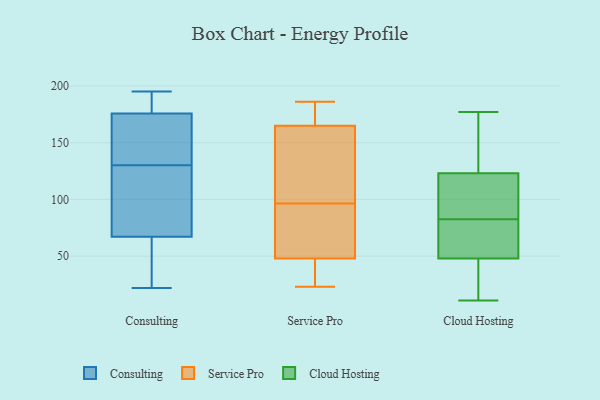
{"axis": {"x": "Market Share (%)", "y": "Value"}, "legend": ["Cloud Hosting", "Consulting", "Service Pro"], "data": [{"x": "", "y": 174, "type": "Consulting"}, {"x": "", "y": 43, "type": "Consulting"}, {"x": "", "y": 130, "type": "Consulting"}, {"x": "", "y": 181, "type": "Consulting"}, {"x": "", "y": 104, "type": "Consulting"}, {"x": "", "y": 96, "type": "Consulting"}, {"x": "", "y": 194, "type": "Consulting"}, {"x": "", "y": 22, "type": "Consulting"}, {"x": "", "y": 195, "type": "Consulting"}, {"x": "", "y": 174, "type": "Consulting"}, {"x": "", "y": 26, "type": "Consulting"}, {"x": "", "y": 156, "type": "Consulting"}, {"x": "", "y": 75, "type": "Consulting"}, {"x": "", "y": 85, "type": "Service Pro"}, {"x": "", "y": 118, "type": "Service Pro"}, {"x": "", "y": 153, "type": "Service Pro"}, {"x": "", "y": 71, "type": "Service Pro"}, {"x": "", "y": 185, "type": "Service Pro"}, {"x": "", "y": 172, "type": "Service Pro"}, {"x": "", "y": 186, "type": "Service Pro"}, {"x": "", "y": 108, "type": "Service Pro"}, {"x": "", "y": 23, "type": "Service Pro"}, {"x": "", "y": 40, "type": "Service Pro"}, {"x": "", "y": 36, "type": "Service Pro"}, {"x": "", "y": 45, "type": "Service Pro"}, {"x": "", "y": 72, "type": "Service Pro"}, {"x": "", "y": 164, "type": "Service Pro"}, {"x": "", "y": 166, "type": "Service Pro"}, {"x": "", "y": 51, "type": "Service Pro"}, {"x": "", "y": 48, "type": "Cloud Hosting"}, {"x": "", "y": 123, "type": "Cloud Hosting"}, {"x": "", "y": 79, "type": "Cloud Hosting"}, {"x": "", "y": 44, "type": "Cloud Hosting"}, {"x": "", "y": 79, "type": "Cloud Hosting"}, {"x": "", "y": 86, "type": "Cloud Hosting"}, {"x": "", "y": 11, "type": "Cloud Hosting"}, {"x": "", "y": 177, "type": "Cloud Hosting"}, {"x": "", "y": 123, "type": "Cloud Hosting"}, {"x": "", "y": 96, "type": "Cloud Hosting"}]}